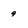
Character: 9